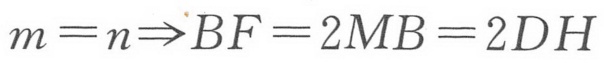
$m = n\Rightarrow BF = 2MB = 2DH$